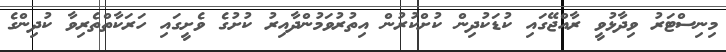
މިނިސްޓަރު ވިދާޅުވީ ރާއްޖޭގައި ކުޑަކުދިން ކުށްކުރުން އިތުރުވަމުންދާއިރު ކުށުގެ ވެށީގައި ހަރަކާތްތެރިވާ ކުދިންގެ